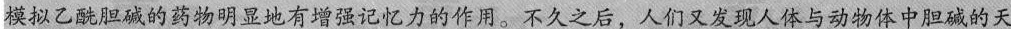
模拟乙酰胆碱的药物明显地有增强记忆力的作用。不久之后，人们又发现人体与动物体中胆碱的天